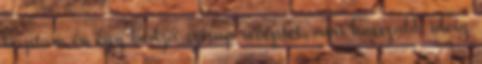
kaptam én egy bodza szirup receptet, ami hosszabb ideig